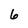
Character: 6